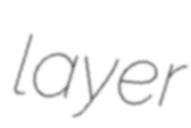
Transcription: layer